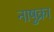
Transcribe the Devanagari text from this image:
नाषुक्रा